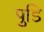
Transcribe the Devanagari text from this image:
पुडि